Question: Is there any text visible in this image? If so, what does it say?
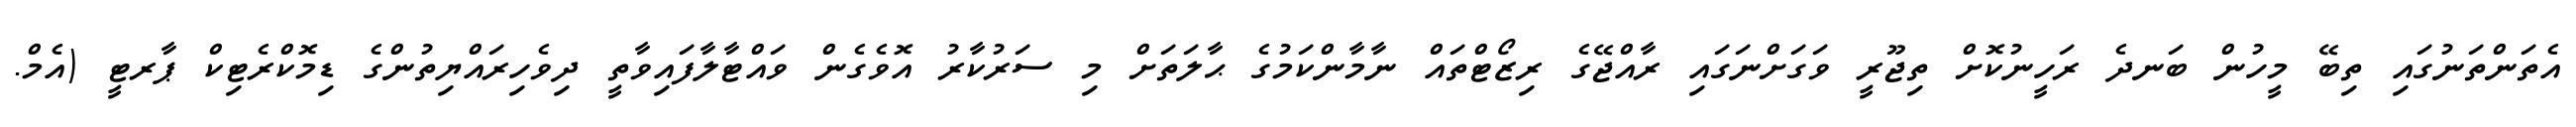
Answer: އެތަންތަނުގައި ތިބޭ މީހުން ބަނދެ ރަހީނުކޮށް ތިޖޫރީ ވަގަށްނަގައި ރާއްޖޭގެ ރިޒޯޓްތައް ނާމާންކަމުގެ ޙާލަތަށް މި ސަރުކާރު އޮވެގެން ވައްޓާލާފައިވާތީ ދިވެހިރައްޔިތުންގެ ޑިމޮކްރެޓިކް ޕާރޓީ (އެމް.